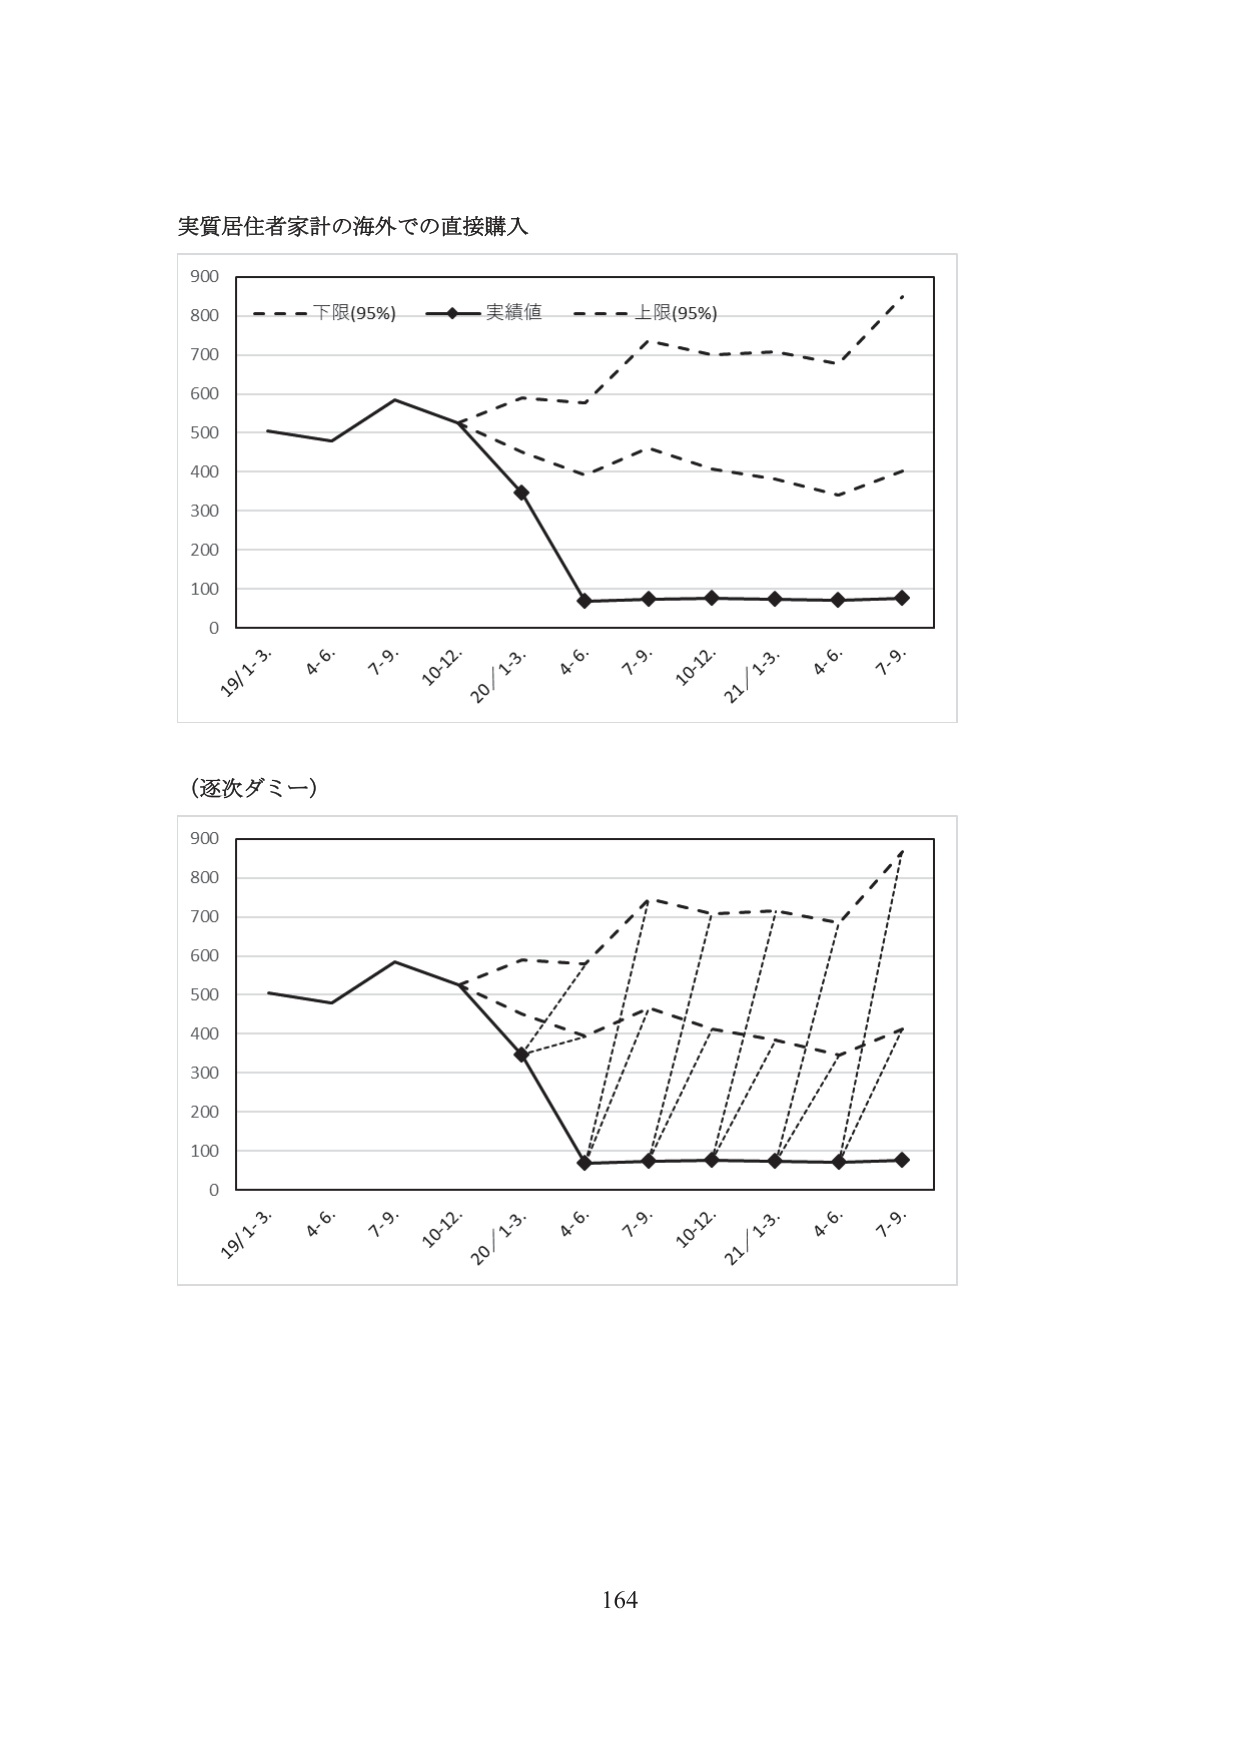
実質居住者家計の海外での直接購入

900
800
700
600
500
400
300
200
100
0

19/1-3 4-6. 7-9. 10-12 20/1-3 4-6. 7-9. 10-12 21/1-3 4-6. 7-9.

- - - 下限(95%) —◆— 実績値 - - - 上限(95%)

(逐次ダミー)

900
800
700
600
500
400
300
200
100
0

19/1-3 4-6. 7-9. 10-12 20/1-3 4-6. 7-9. 10-12 21/1-3 4-6. 7-9.

164